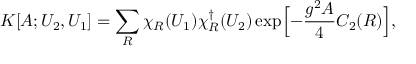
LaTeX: { \cal K } [ A ; U _ { 2 } , U _ { 1 } ] = \sum _ { R } \chi _ { R } ( U _ { 1 } ) \chi _ { R } ^ { \dagger } ( U _ { 2 } ) \exp \Bigl [ - \frac { g ^ { 2 } A } { 4 } C _ { 2 } ( R ) \Bigr ] ,